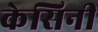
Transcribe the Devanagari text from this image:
केसिनी